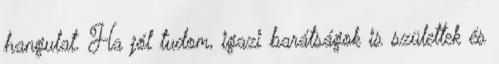
hangulat. Ha jól tudom, igazi barátságok is születtek és